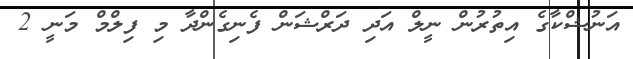
އަނުޝްކާގެ އިތުރުން ނީލް އަދި ދަރްޝަން ފެނިގެންދާ މި ފިލްމް މަނީ 2